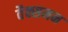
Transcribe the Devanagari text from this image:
वैक्समन